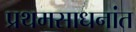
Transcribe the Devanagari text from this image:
प्रथमसाधनांत